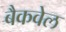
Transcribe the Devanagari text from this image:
बैकवेल